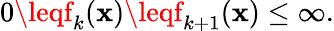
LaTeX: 0\leqf_{k}(\mathbf{x})\leqf_{k+1}(\mathbf{x})\leq\infty.